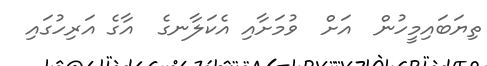
ތިޔަބައިމީހުން  އަށް  ވުމަށާއި އެކަލާނގެ  އާގެ އަރިހުގައި